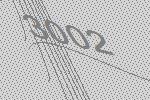
3002